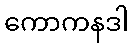
ကောကနဒါ